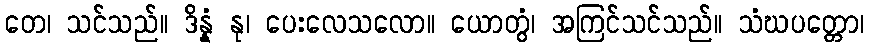
တေ၊ သင်သည်။ ဒိန္နံ နု၊ ပေးလေသလော။ ယောတွံ၊ အကြင်သင်သည်။ သံဃပတ္တော၊